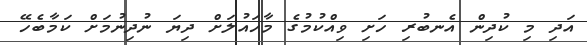
އަދި މި ކުދިން އެނބުރި ހަށި ވިއްކުމުގެ މާހައުލަށް ދިޔަ ނުދިނުމަށް ކަމާބެހޭ